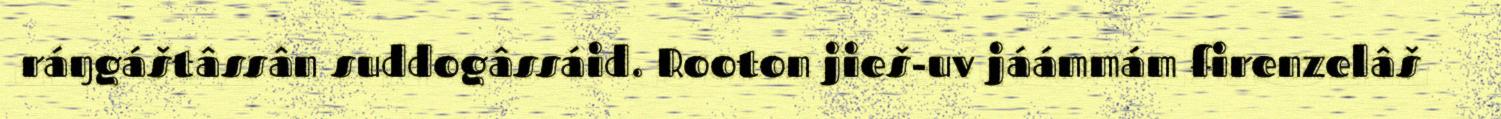
ráŋgáštâssân suddogâssáid. Rooton jieš-uv jáámmám firenzelâš